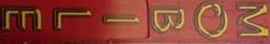
MOBILE